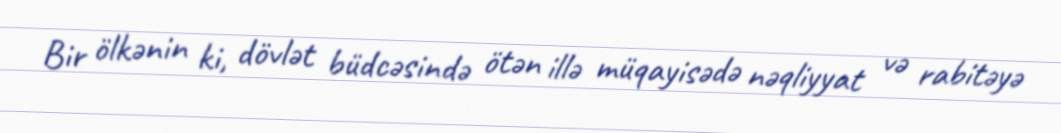
Bir ölkənin ki, dövlət büdcəsində ötən illə müqayisədə nəqliyyat və rabitəyə